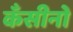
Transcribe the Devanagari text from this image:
कँसीनो